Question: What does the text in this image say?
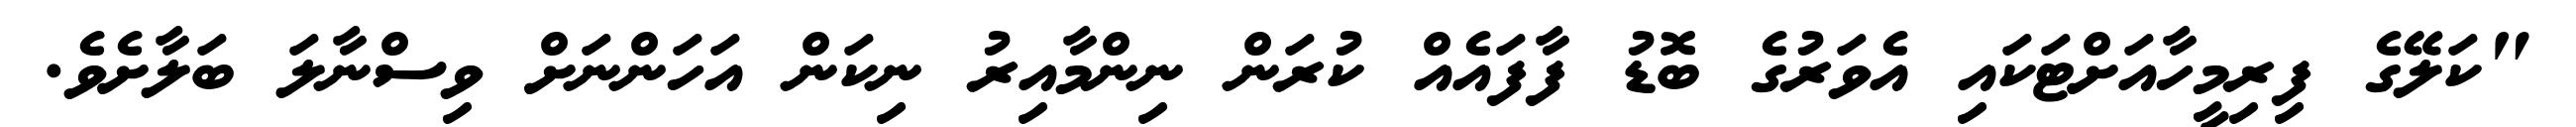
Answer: "ކަލޭގެ ފިރިމީހާއަށްޓަކައި އެވަރުގެ ބޮޑު ފާފައެއް ކުރަން ނިންމާއިރު ނިކަން އަހަންނަށް ވިސްނާލަ ބަލާށެވެ.